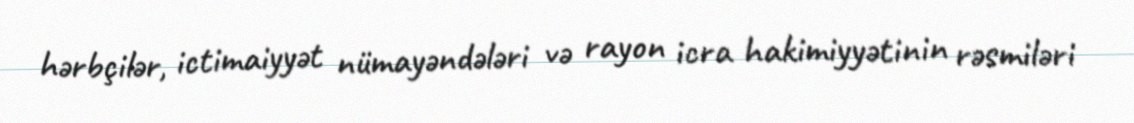
hərbçilər, ictimaiyyət nümayəndələri və rayon icra hakimiyyətinin rəsmiləri